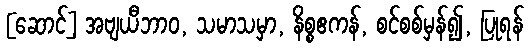
[ဆောင်] အဗျယီဘာဝ, သမာသမှာ, နိစ္စဧကန်, စင်စစ်မှန်၍, ပြုရန်